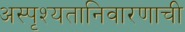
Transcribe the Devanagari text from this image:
अस्पृश्‍यतानिवारणाची